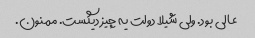
عالی بود. ولی شیلا دولت یه چیز دیگست. ممنون.